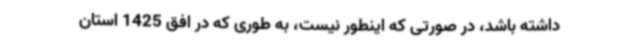
داشته باشد، در صورتی که اینطور نیست، به طوری که در افق 1425 استان